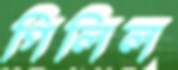
গিলিল